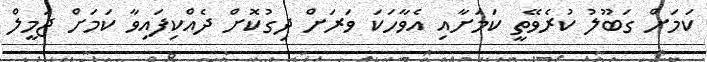
ކަމަށް ގަބޫލު ކުރެވޭތީ ކަމަށާއި އެވާހަކަ ވަރަށް ދިގުކޮށް ދެއްކިފައިވާ ކަމަށް ޖަމީލް